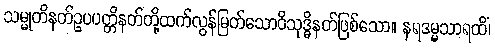
သမ္မုတိနတ်ဥပပတ္တိနတ်တို့ထက်လွန်မြတ်သောဝိသုဒ္ဓိနတ်ဖြစ်သော။ နရဒမ္မသာရထိံ၊